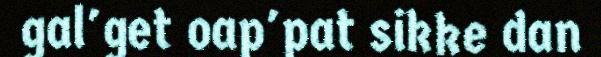
gal'get oap'pat sikke dan